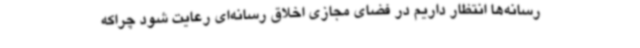
رسانه‌ها انتظار داریم در فضای مجازی اخلاق رسانه‌ای رعایت شود چراکه